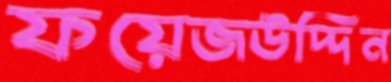
ফয়েজউদ্দিন